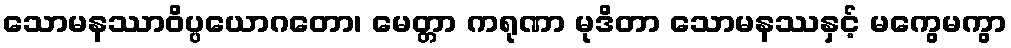
သောမနဿာဝိပ္ပယောဂတော၊ မေတ္တာ ကရုဏာ မုဒိတာ သောမနဿနှင့် မကွေမကွာ